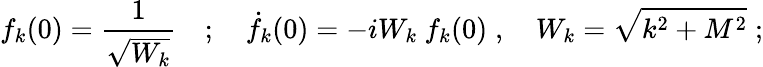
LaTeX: f_{k}(0)=\frac{1}{\sqrt{W_{k}}}\quad;\quad\dot{f}_{k}(0)=-iW_{k}~f_{k}(0)\; ,\quad W_{k}=\sqrt{k^{2}+M^{2}}\; ;